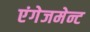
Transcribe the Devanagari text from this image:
एंगेजमेन्ट